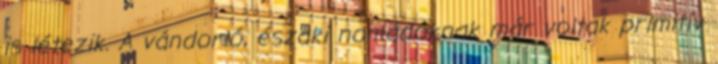
is létezik. A vándorló, északi nomádoknak már voltak primitív